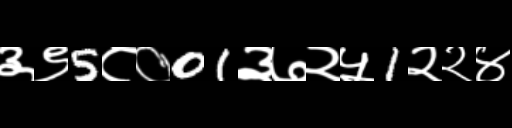
Text: ३९5८०01३७२५1२२४